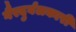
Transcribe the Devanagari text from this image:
गैरदुर्बलकारी